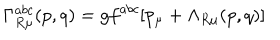
\Gamma _ { R \mu } ^ { a b c } ( p , q ) = g f ^ { a b c } [ p _ { \mu } + \Lambda _ { R \mu } ( p , q ) ]